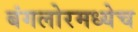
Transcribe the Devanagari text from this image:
बंगलोरमध्येच